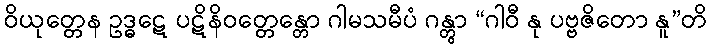
ဝိယုတ္တေန ဥဒ္ဓဋေ ပဋိနိဝတ္တေန္တော ဂါမသမီပံ ဂန္တွာ “ဂါဝီ နု ပဗ္ဗဇိတော နူ”တိ